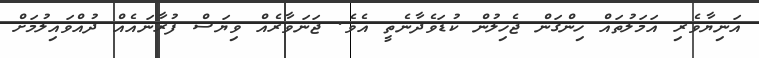
އަނިޔާވެރި އަމަލުތައް ހިންގަން ޖެހިލުން ކުޑަވެދާނެތީ އެވެ. ޖަނަވާރެއް ވިޔަސް ފުރާނައެއް ދުއްވައިލުމަށް